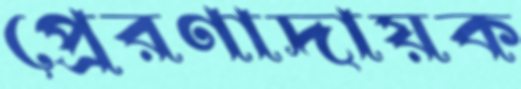
প্রেরণাদায়ক